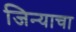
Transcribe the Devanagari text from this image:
जिन्याचा